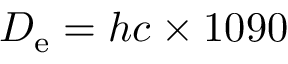
D _ { \mathrm { e } } = h c \times 1 0 9 0